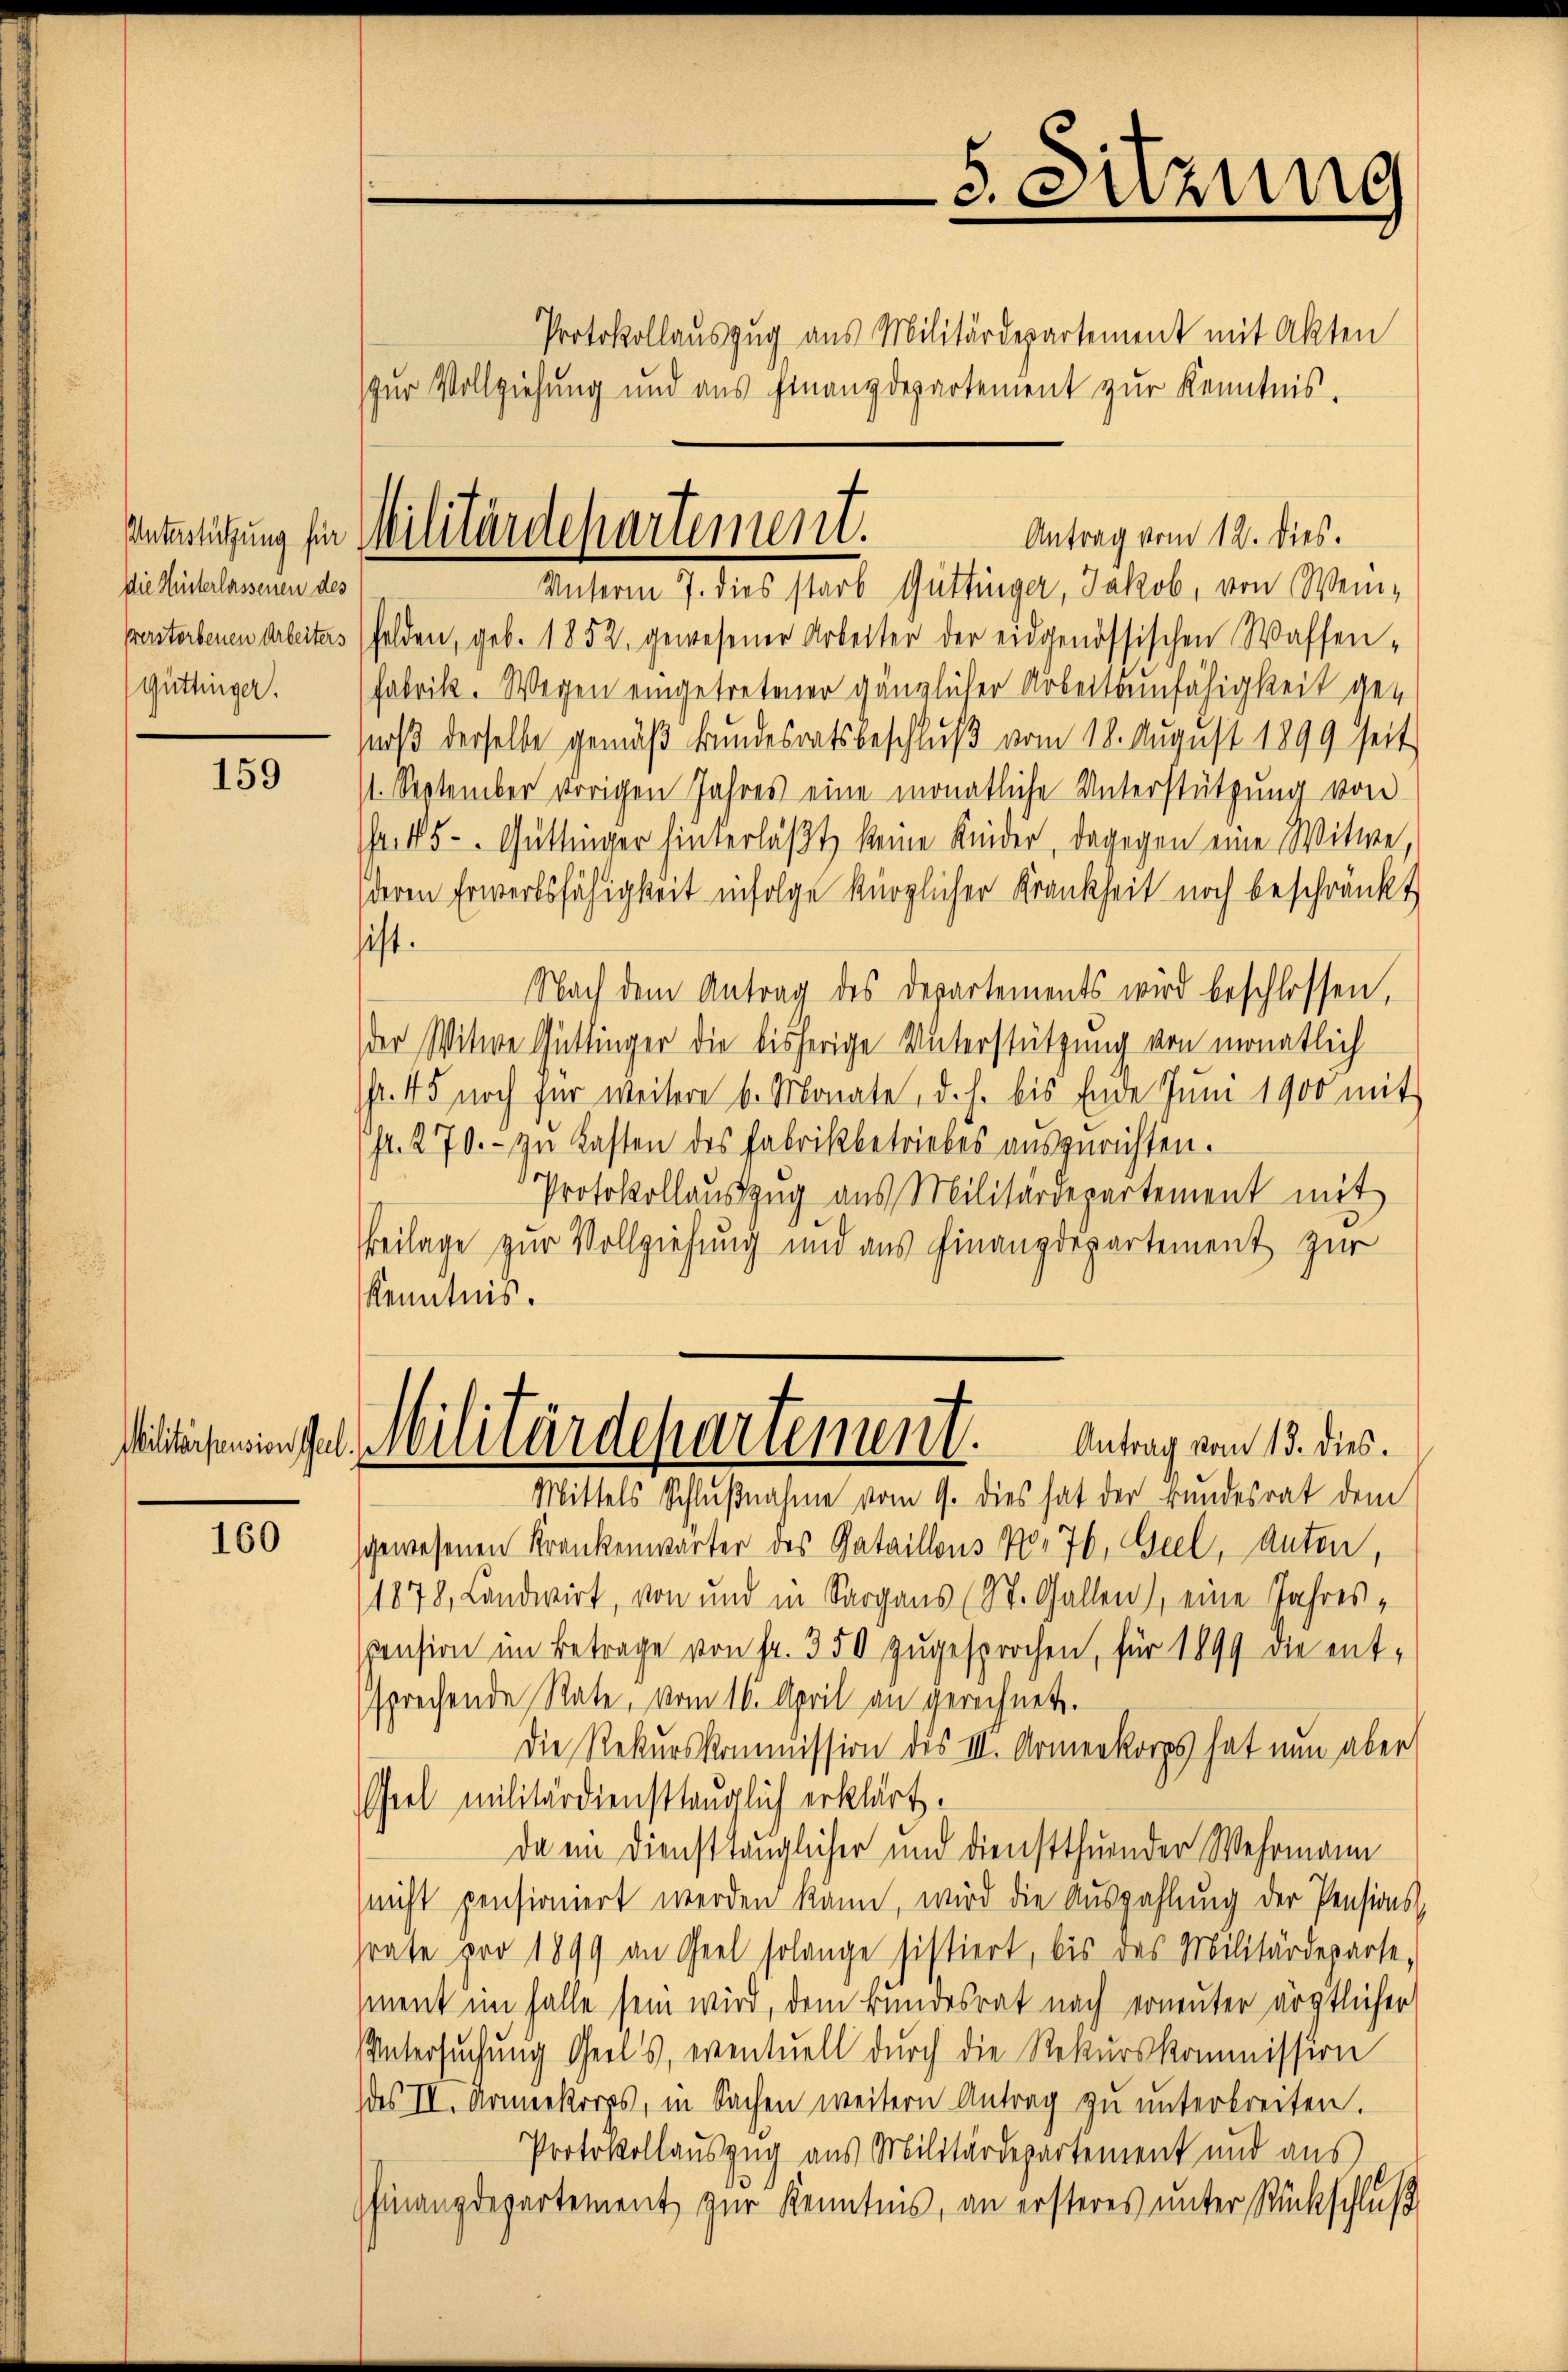
die Hinterlassenen des
Prerstorbenen Arbeiters

159

160

Protokollauszug aus Militärdepartement mit Akten
Unterm 7. dies starb Güttinger, Jakob, von Weinfelden, geb. 1852, gewesener Arbeiter der eidgenössischen Waffen-
güttinger. (Fabrik. Wegen eingetretener gänzlicher Arbeitsunfähigkeit gemoß derselbe gemäß kundesratsbeschluß vom 18. August 1899 seit
1. September vorigen Jahres eine monatliche Unterstützung von
r. 45 - Güttinger hinterläßt, keine Kinder, dagegen eine Witwe,
deren Erwerbsfähigkeit infolge kürzlicher Krankheit noch beschränkt
hist.
Nach dem Antrag des Departements wird beschlossen,
der Witwe Güttinger die bisherige Unterstützung von monatlich
r. 45 noch für weitere b. Monate, d. h. bis Ende Jŭni 1900 mit
fr. 270. - zu Kasten des Fabrikbetriebes auszurichten.
Protokollauszug aus Militärdepartement mit
Beilage zur Vollziehung und aus Finanzdepartement zur
Kenntnis.
Wetlicheningel Militärdepartement.
Antrag vom 15. dies.
Mittels Schlußnahme vom 9. dies hat der Bundesrat dem
gewesenen Krankenwärter des Rataillons No. 76, Geel, Anton,
1878, Landwirt, von und in Sargaus (St. Gallen), eine Jahrespension im Betrage von fr. 350 zugesprochen, für 1899 die ent-
sprechende Rate, vom 16. April an gerechnet.
Die Rekurskommission des III. Armenkorps hat nun aber
Spiel militärdiensttauglich erklärt.
Da ein Diensttauglicher und Dienstthuender Wehrmann
nicht pensioniert werden kann, wird die Auszahlung der Pensions-
rate pro 1899 an Geel solange sistiert, bis das Militärdeparte,
ment im Falle sein wird, dem Bundesrat nach erneuter ärztlicher
Untersuchung Geel’s, eventuell durch die Rekurskommission
des III. Armeekorps, in Sachen weitern Antrag zŭ ŭnterbreiten.
Protokollauszug aus Militärdepartement und aus
finanzdepartement zur Kenntnis, an ersteres unter Rückschluß

zur Vollziehung und aus Finanzdepartement zur Kenntnis.

Untertützung für Militärdepartement.
Antrag vom 12. dies.

5. Sitzung